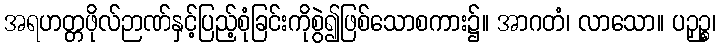
အရဟတ္တဖိုလ်ဉာဏ်နှင့်ပြည့်စုံခြင်းကိုစွဲ၍ဖြစ်သောစကား၌။ အာဂတံ၊ လာသော။ ပဉှဉ္စ၊